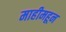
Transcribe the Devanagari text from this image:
माहीमहून